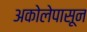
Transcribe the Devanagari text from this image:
अकोलेपासून